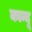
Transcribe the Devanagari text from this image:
कान्दू